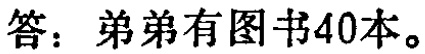
答：弟弟有图书40本。